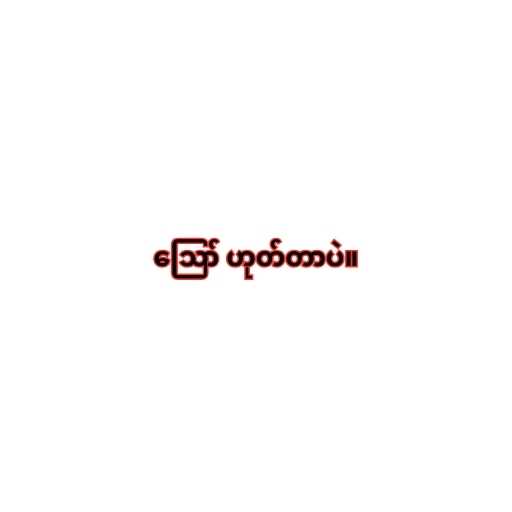
ဪ ဟုတ်တာပဲ။